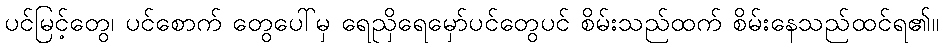
ပင်မြင့်တွေ၊ ပင်စောက် တွေပေါ်မှ ရေညှိရေမှော်ပင်တွေပင် စိမ်းသည်ထက် စိမ်းနေသည်ထင်ရ၏။